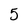
Character: 5